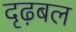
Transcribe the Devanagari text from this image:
दृढ़बल